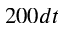
2 0 0 d t